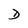
Character: D